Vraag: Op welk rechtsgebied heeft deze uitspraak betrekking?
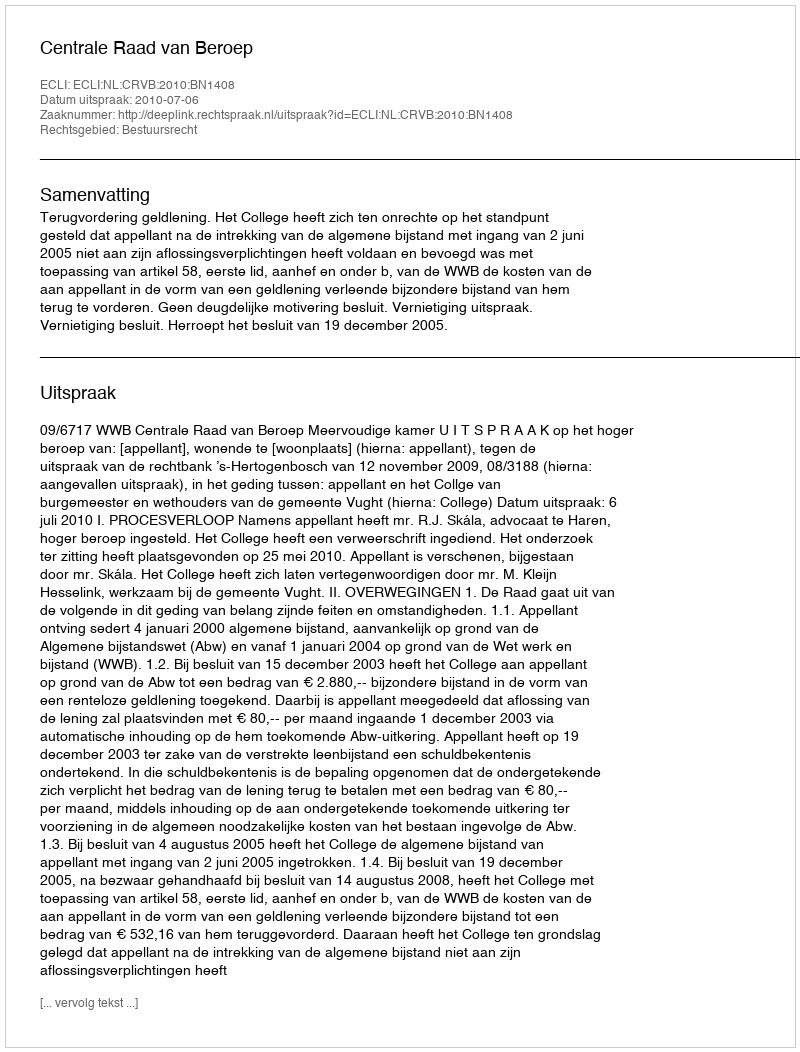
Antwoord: Bestuursrecht